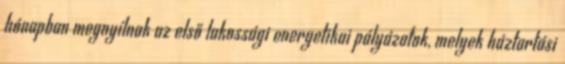
hónapban megnyílnak az első lakossági energetikai pályázatok, melyek háztartási